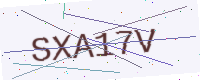
Text: SXA17V